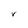
Character: V